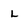
Character: L